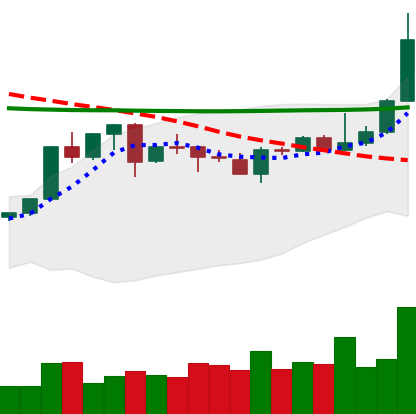
Ticker: XLM-USD
Chart end date: 2020-04-23
Forward return: 11.798%
Label: up_7plus